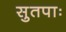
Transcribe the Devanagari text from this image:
सुतपाः